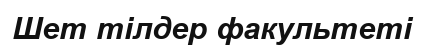
Шет тілдер факультеті